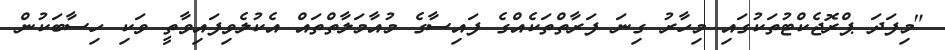
"މިފަދަ ޕްރޮޖެކްޓުތަކުގައި މިހާރު ގިނަ ފަރާތްތަކެއްގެ ފައިސާގެ މުއާމަލާތްތައް އެކުލެވިފައިވާތީ ވަކި ހިސާބަކުން